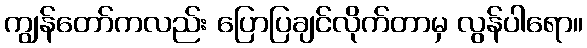
ကျွန်တော်ကလည်း ပြောပြချင်လိုက်တာမှ လွန်ပါရော။